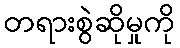
တရားစွဲဆိုမှုကို